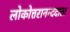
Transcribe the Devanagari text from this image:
लोकोत्तरानन्ददाता